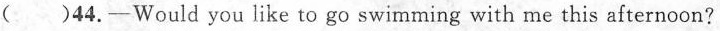
( )44.—Would you like to go swimming with me this afternoon?